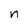
Character: n